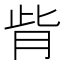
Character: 𦙼